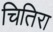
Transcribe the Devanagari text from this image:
चितिरा